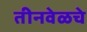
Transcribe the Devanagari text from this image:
तीनवेळचे